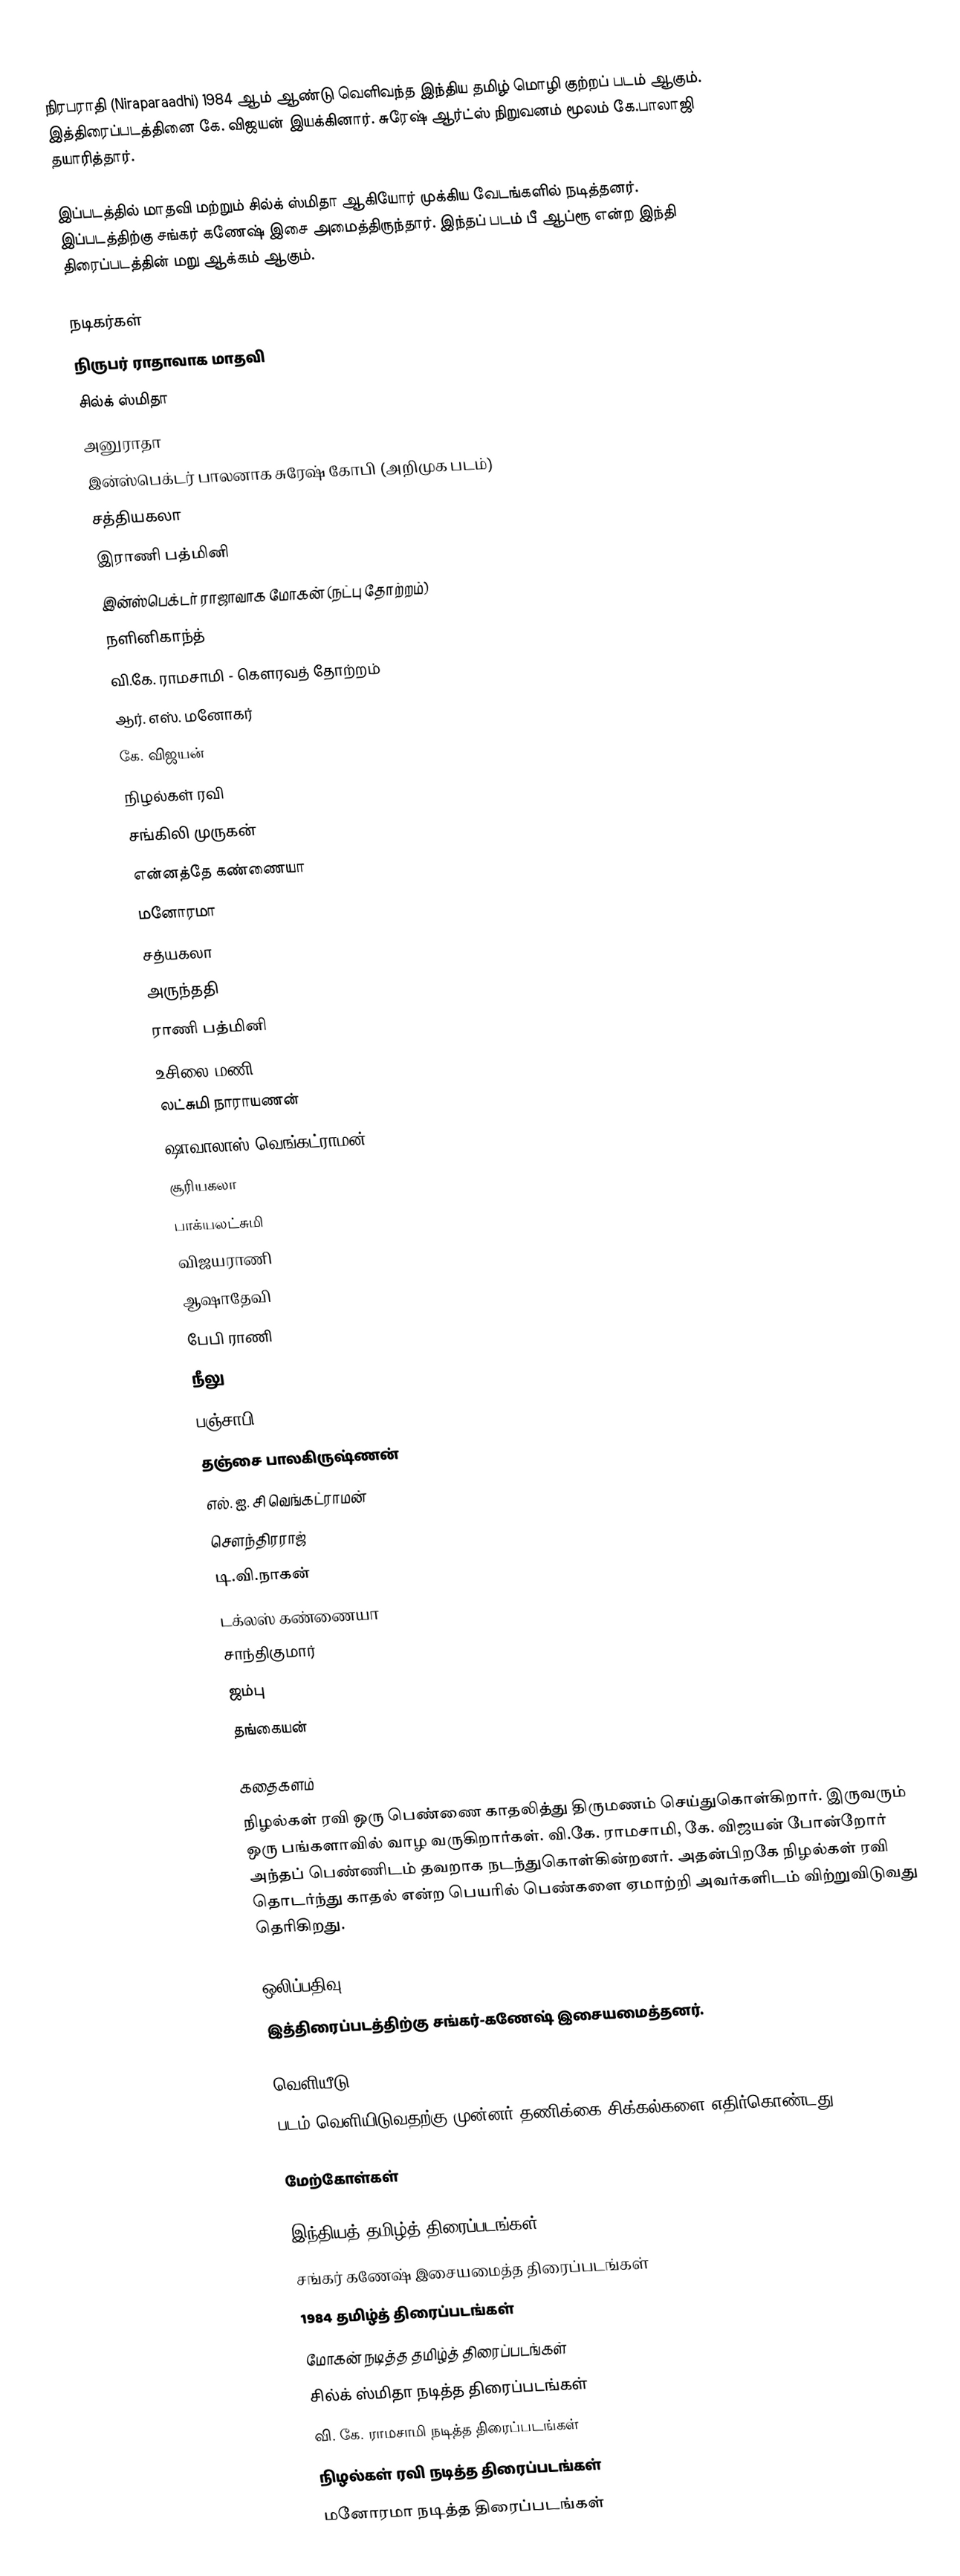
நிரபராதி (Niraparaadhi) 1984 ஆம் ஆண்டு வெளிவந்த இந்திய தமிழ் மொழி குற்றப் படம் ஆகும். இத்திரைப்படத்தினை கே. விஜயன் இயக்கினார். சுரேஷ் ஆர்ட்ஸ் நிறுவனம் மூலம் கே.பாலாஜி தயாரித்தார்.

இப்படத்தில் மாதவி மற்றும் சில்க் ஸ்மிதா ஆகியோர் முக்கிய வேடங்களில் நடித்தனர். இப்படத்திற்கு  சங்கர் கணேஷ் இசை அமைத்திருந்தார். இந்தப் படம் பீ ஆப்ரூ என்ற இந்தி திரைப்படத்தின் மறு ஆக்கம் ஆகும்.

நடிகர்கள்
 நிருபர் ராதாவாக மாதவி
 சில்க் ஸ்மிதா
 அனுராதா
 இன்ஸ்பெக்டர் பாலனாக சுரேஷ் கோபி (அறிமுக படம்)
 சத்தியகலா
 இராணி பத்மினி
 இன்ஸ்பெக்டர் ராஜாவாக மோகன் (நட்பு தோற்றம்)
 நளினிகாந்த்
 வி.கே. ராமசாமி - கௌரவத் தோற்றம்
 ஆர். எஸ். மனோகர்
 கே. விஜயன்
 நிழல்கள் ரவி
 சங்கிலி முருகன்
 என்னத்தே கண்ணையா
 மனோரமா
 சத்யகலா
 அருந்ததி
 ராணி பத்மினி
 உசிலை மணி
 லட்சுமி நாராயணன்
 ஷாவாலாஸ் வெங்கட்ராமன்
 சூரியகலா
 பாக்யலட்சுமி
 விஜயராணி
 ஆஷாதேவி
 பேபி ராணி
 நீலு
 பஞ்சாபி
 தஞ்சை பாலகிருஷ்ணன்
 எல். ஐ. சி வெங்கட்ராமன்
 சௌந்திரராஜ்
 டி.வி.நாகன்
 டக்லஸ் கண்ணையா
 சாந்திகுமார்
 ஜம்பு
 தங்கையன்

கதைகளம்
நிழல்கள் ரவி ஒரு பெண்ணை காதலித்து திருமணம் செய்துகொள்கிறார். இருவரும் ஒரு பங்களாவில் வாழ வருகிறார்கள். வி.கே. ராமசாமி, கே. விஜயன் போன்றோர் அந்தப் பெண்ணிடம் தவறாக நடந்துகொள்கின்றனர். அதன்பிறகே நிழல்கள் ரவி தொடர்ந்து காதல் என்ற பெயரில் பெண்களை ஏமாற்றி அவர்களிடம் விற்றுவிடுவது தெரிகிறது.

ஒலிப்பதிவு
இத்திரைப்படத்திற்கு சங்கர்-கணேஷ் இசையமைத்தனர்.

வெளியீடு
படம் வெளியிடுவதற்கு முன்னர் தணிக்கை சிக்கல்களை எதிர்கொண்டது.

மேற்கோள்கள்

இந்தியத் தமிழ்த் திரைப்படங்கள்
சங்கர் கணேஷ் இசையமைத்த திரைப்படங்கள்
1984 தமிழ்த் திரைப்படங்கள்
மோகன் நடித்த தமிழ்த் திரைப்படங்கள்
சில்க் ஸ்மிதா நடித்த திரைப்படங்கள்
வி. கே. ராமசாமி நடித்த திரைப்படங்கள்
நிழல்கள் ரவி நடித்த திரைப்படங்கள்
மனோரமா நடித்த திரைப்படங்கள்